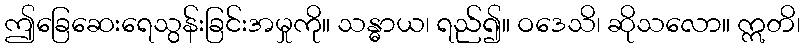
ဤခြေဆေးရေသွန်းခြင်းအမှုကို။ သန္ဓာယ၊ ရည်၍။ ဝဒေသိ၊ ဆိုသလော။ ဣတိ၊